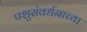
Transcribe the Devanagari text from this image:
पशुसंवर्धनाच्या